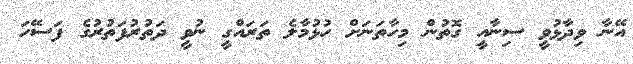
އޭނާ ވިދާޅުވީ ސިނާއީ ގޮތުން މިހާތަނަށް ހުޅުމާލެ ތަރައްގީ ނުވީ ދަތުރުފަތުރުގެ ފަސޭހަ